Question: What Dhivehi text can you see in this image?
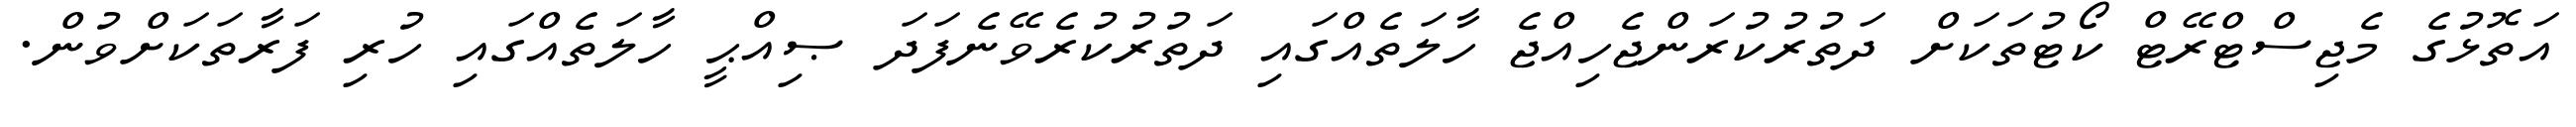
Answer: އަތޮޅުގެ މެޖިސްޓްރޭޓް ކޯޓުތަކަށް ދަތުރުކުރަންޖެހިއްޖެ ހާލަތެއްގައި ދަތުރުކުރެވޭނެފަދަ ޞިއްޙީ ހާލަތެއްގައި ހުރި ފަރާތަކަށްވުން.